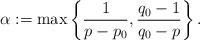
\begin{align*} \alpha:=\max\left\{\frac{1}{p-p_0}, \frac{q_0-1}{q_0-p}\right\}. \end{align*}